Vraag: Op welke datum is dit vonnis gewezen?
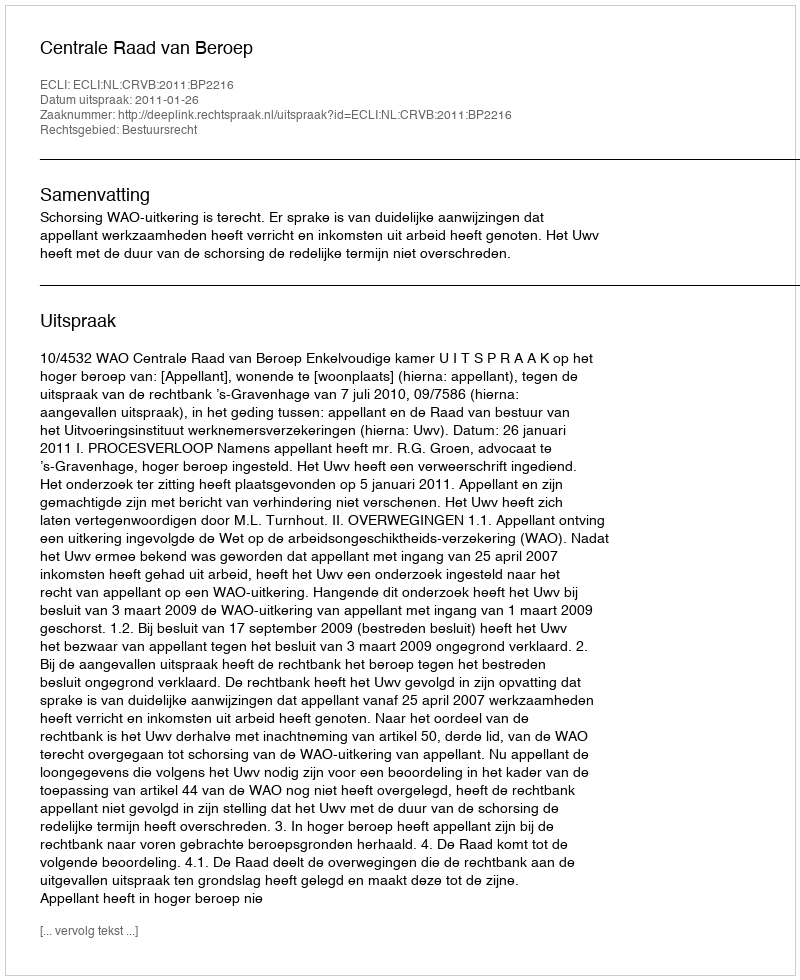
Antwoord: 2011-01-26